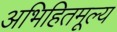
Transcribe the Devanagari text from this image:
अभिहितमूल्य